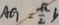
A G = \frac { \sqrt { 2 } } { 2 } b